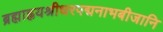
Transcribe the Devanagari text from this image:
ब्रह्माह्नयश्रीधरपद्मनाभबीजानि